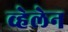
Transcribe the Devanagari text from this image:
व्हेलेन